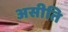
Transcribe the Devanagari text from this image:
असीति